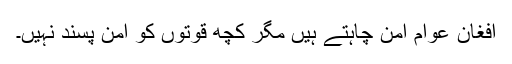
افغان عوام امن چاہتے ہیں مگر کچھ قوتوں کو امن پسند نہیں۔